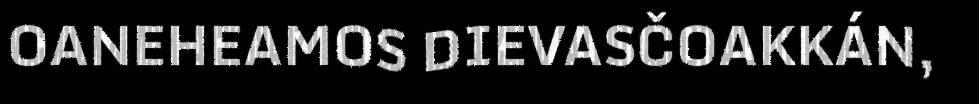
OANEHEAMOS DIEVASČOAKKÁN,